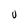
Character: 0